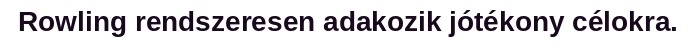
Rowling rendszeresen adakozik jótékony célokra.